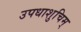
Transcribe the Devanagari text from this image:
उपधाशुचिम्